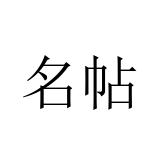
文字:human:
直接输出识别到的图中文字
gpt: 名帖